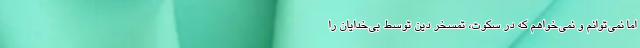
اما نمی‌توانم و نمی‌خواهم که در سکوت، تمسخر دین توسط بی‌خدایان را